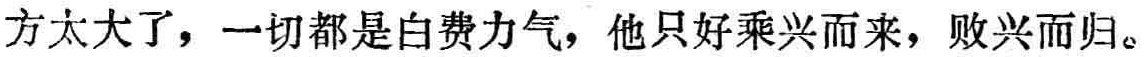
方太大了，一切都是白费力气，他只好乘兴而来，败兴而归。